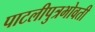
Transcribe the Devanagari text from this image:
पाटलीपुत्रभोवती